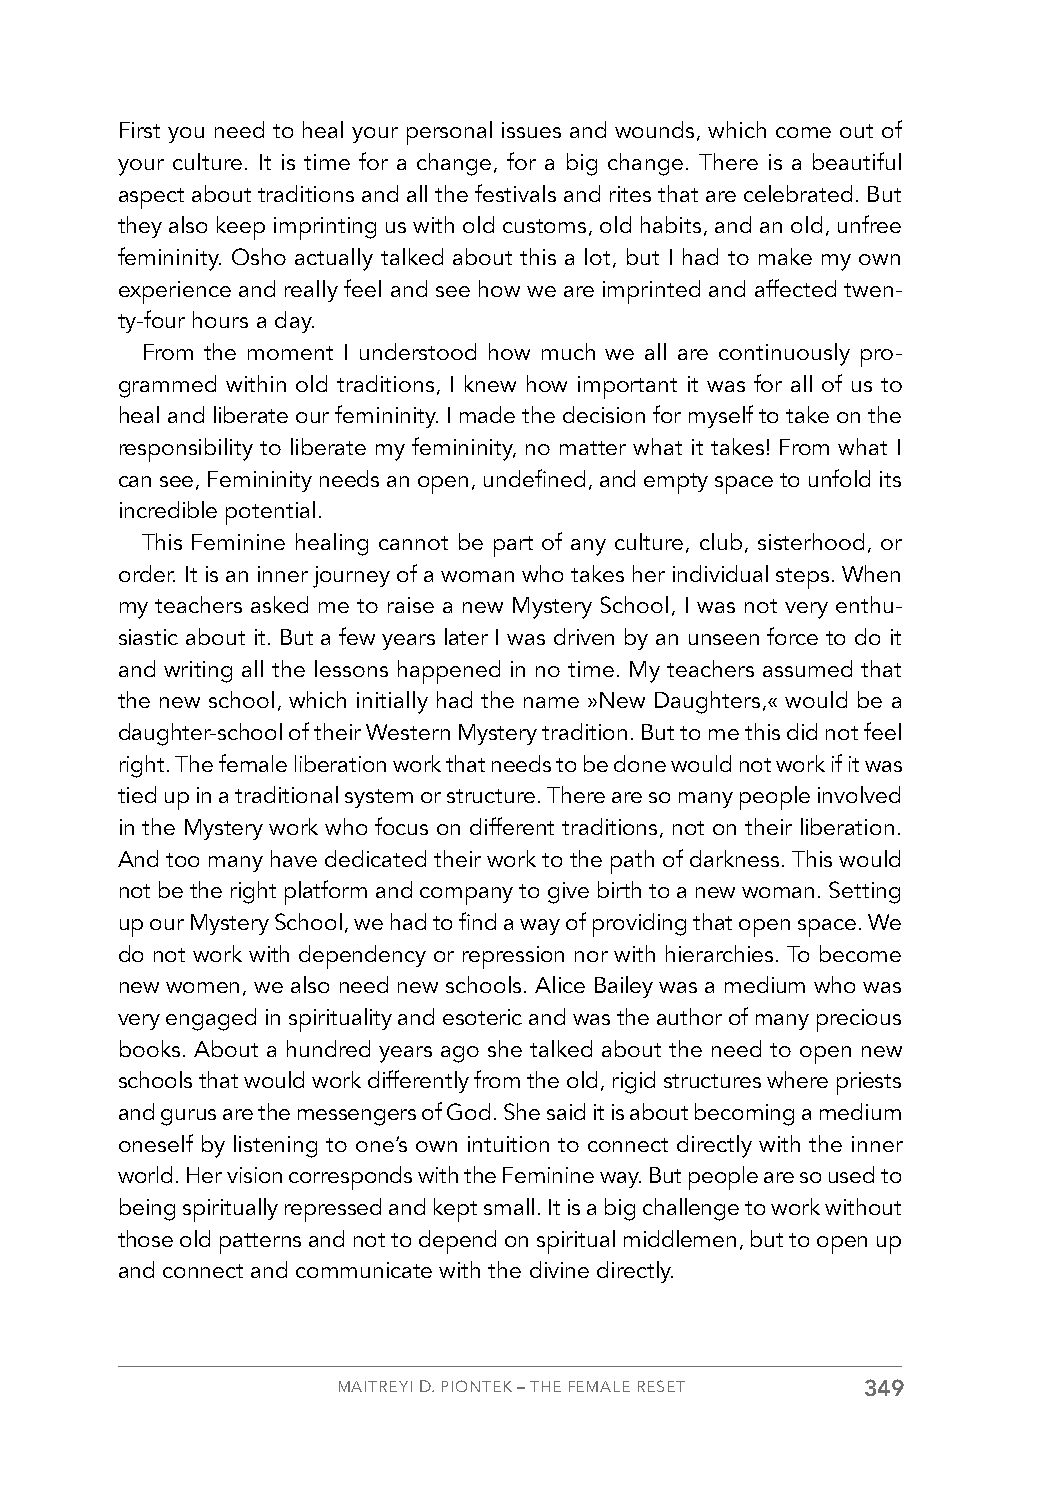
First you need to heal your personal issues and wounds, which come out of
 your culture. It is time for a change, for a big change. There is a beautiful
 aspect about traditions and all the festivals and rites that are celebrated. But
 they also keep imprinting us with old customs, old habits, and an old, unfree
 femininity. Osho actually talked about this a lot, but I had to make my own
 experience and really feel and see how we are imprinted and affected twen-
 ty-four hours a day.
 From the moment I understood how much we all are continuously pro-
 grammed within old traditions, I knew how important it was for all of us to
 heal and liberate our femininity. I made the decision for myself to take on the
 responsibility to liberate my femininity, no matter what it takes! From what I
 can see, Femininity needs an open, undefined, and empty space to unfold its
 incredible potential.
 This Feminine healing cannot be part of any culture, club, sisterhood, or
 order. It is an inner journey of a woman who takes her individual steps. When
 my teachers asked me to raise a new Mystery School, I was not very enthu-
 siastic about it. But a few years later I was driven by an unseen force to do it
 and writing all the lessons happened in no time. My teachers assumed that
 the new school, which initially had the name »New Daughters,« would be a
 daughter-school of their Western Mystery tradition. But to me this did not feel
 right. The female liberation work that needs to be done would not work if it was
 tied up in a traditional system or structure. There are so many people involved
 in the Mystery work who focus on different traditions, not on their liberation.
 And too many have dedicated their work to the path of darkness. This would
 not be the right platform and company to give birth to a new woman. Setting
 up our Mystery School, we had to find a way of providing that open space. We
 do not work with dependency or repression nor with hierarchies. To become
 new women, we also need new schools. Alice Bailey was a medium who was
 very engaged in spirituality and esoteric and was the author of many precious
 books. About a hundred years ago she talked about the need to open new
 schools that would work differently from the old, rigid structures where priests
 and gurus are the messengers of God. She said it is about becoming a medium
 oneself by listening to one’s own intuition to connect directly with the inner
 world. Her vision corresponds with the Feminine way. But people are so used to
 being spiritually repressed and kept small. It is a big challenge to work without
 those old patterns and not to depend on spiritual middlemen, but to open up
 and connect and communicate with the divine directly.
 MAITREYI D. PIONTEK – THE FEMALE RESET 349